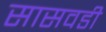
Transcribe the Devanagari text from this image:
सासवडी